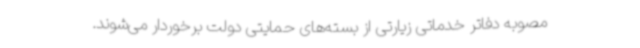
مصوبه دفاتر خدماتی زیارتی از بسته‌های حمایتی دولت برخوردار می‌شوند.